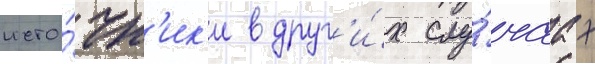
исто́чн'ик'и в друг'и́х слу́чаах